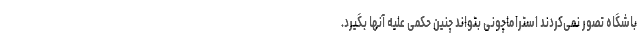
باشگاه تصور نمی‌کردند استراماچونی بتواند چنین حکمی علیه آنها بگیرد.